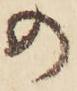
の